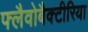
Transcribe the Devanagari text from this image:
फ्लैवोबैक्टीरिया